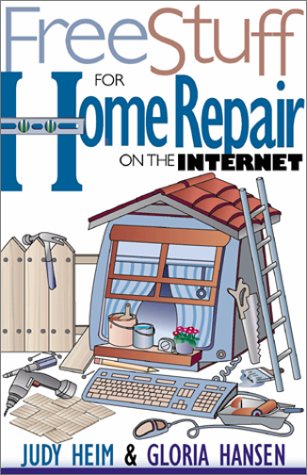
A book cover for Free Stuff for Home Repair on the Internet (Free Stuff on the Internet); Judy Heim; Computers & Technology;